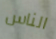
الناس